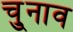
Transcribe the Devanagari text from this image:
चु्नाव